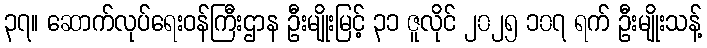
၃၇။ ဆောက်လုပ်ရေးဝန်ကြီးဌာန ဦးမျိုးမြင့် ၃၁ ဇူလိုင် ၂၀၂၅ ၁၀၇ ရက် ဦးမျိုးသန့်